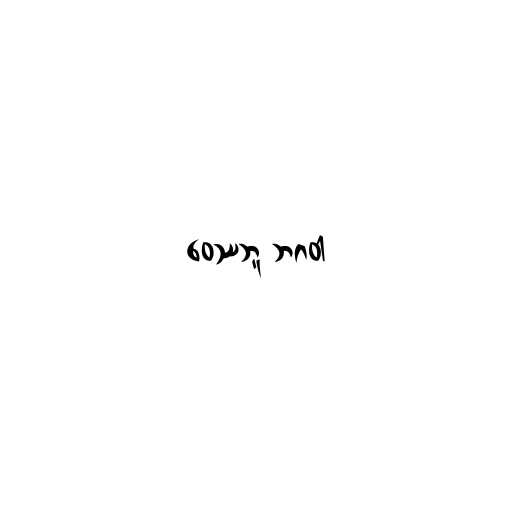
ဝေဿဘူ ဘဂဝါ